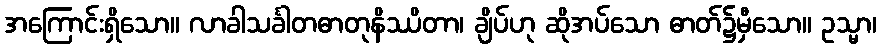
အကြောင်းရှိသော။ လာခါသင်္ခါတဓာတုနိဿိတာ၊ ချိပ်ဟု ဆိုအပ်သော ဓာတ်၌မှီသော။ ဥသ္မာ၊